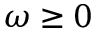
\omega \ge 0